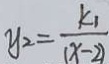
y _ { 2 } = \frac { k _ { 1 } } { ( x - 2 ) }